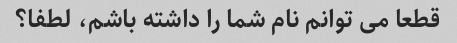
قطعا می توانم نام شما را داشته باشم، لطفا؟